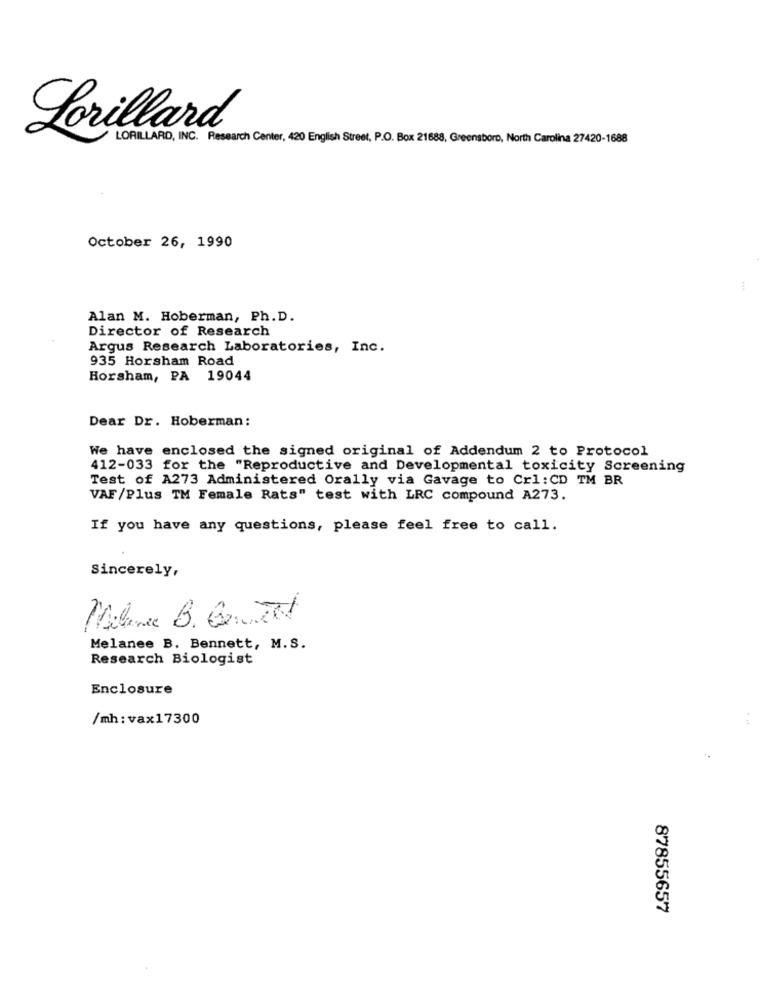
Lorillard
LORILLARD, INC. Research Center, 420 English Street, P.O. Box 21688, Greensboro, North Carolina 27420-1688
October 26, 1990
Alan M. Hoberman, Ph.D.
Director of Research
Argus Research Laboratories, Inc.
935 Horsham Road
Horsham, PA 19044
Dear Dr. Hoberman:
We have enclosed the signed original of Addendum 2 to Protocol
412-033 for the "Reproductive and Developmental toxicity Screening
Test of A273 Administered Orally via Gavage to Crl: CD TM BR
VAF/Plus TM Female Rats" test with LRC compound A273.
If you have any questions, please feel free to call.
Sincerely,
Milena B. BeiTed
Melanee B. Bennett, M.S.
Research Biologist
Enclosure
/mh: vax17300
87855657